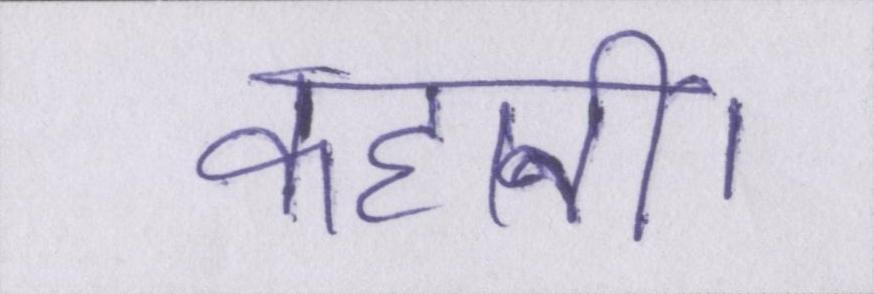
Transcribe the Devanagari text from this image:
कहानी।